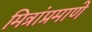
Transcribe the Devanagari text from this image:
मित्रांप्रमाणे